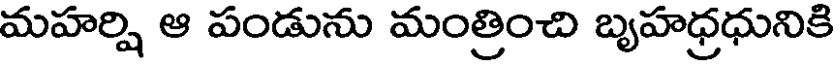
మహర్షి ఆ పండును మంత్రించి బృహధ్రధునికి